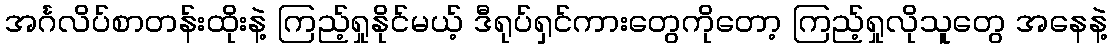
အင်္ဂလိပ်စာတန်းထိုးနဲ့ ကြည့်ရှုနိုင်မယ့် ဒီရုပ်ရှင်ကားတွေကိုတော့ ကြည့်ရှုလိုသူတွေ အနေနဲ့